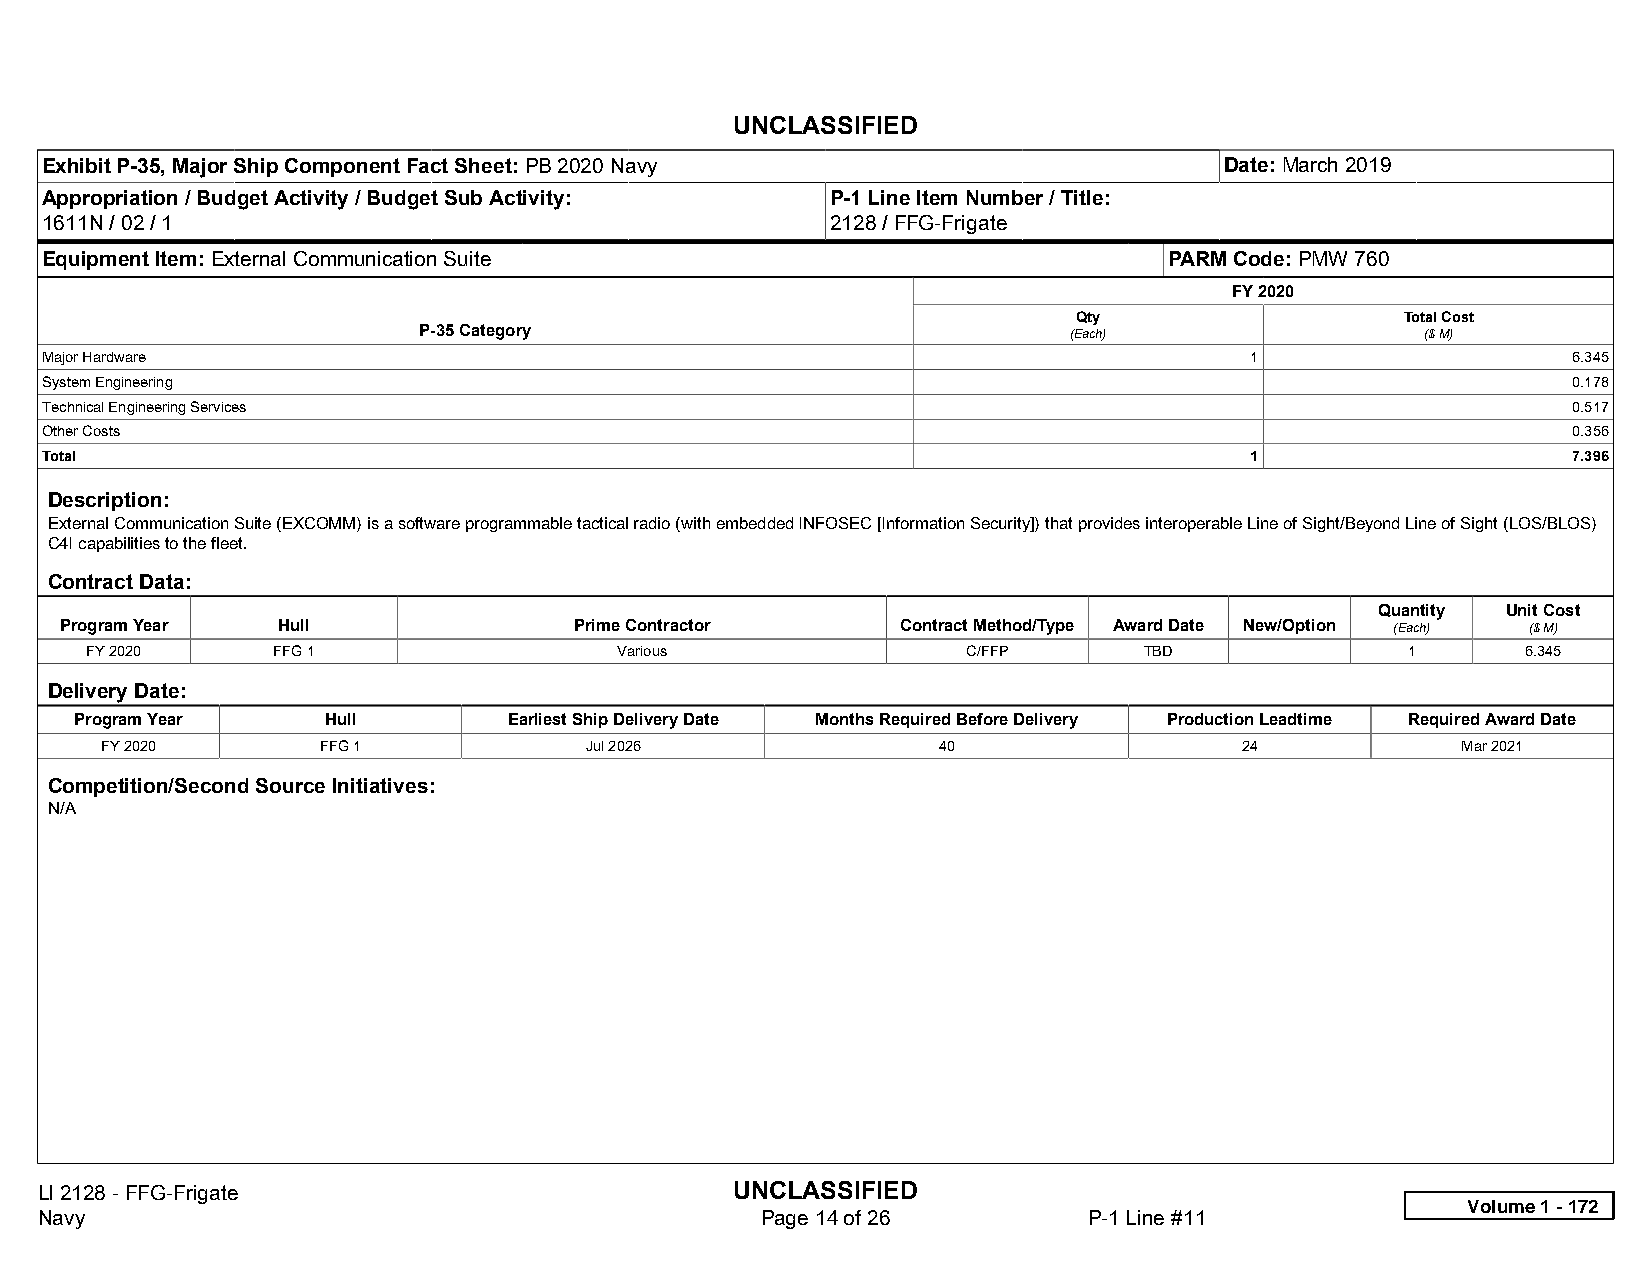
UNCLASSIFIED
 Exhibit P-35, Major Ship Component Fact Sheet: PB 2020 Navy                   Date: March 2019
 Appropriation / Budget Activity / Budget Sub Activity: P-1 Line Item Number / Title:
 1611N / 02 / 1                                      2128 / FFG-Frigate
 Equipment Item: External Communication Suite                              PARM Code: PMW 760
 FY 2020
 Qty                   Total Cost
 P-35 Category                              (Each)                 ($ M)
 Major Hardware                                                                  1                    6.345
 System Engineering                                                                                   0.178
 Technical Engineering Services                                                                       0.517
 Other Costs                                                                                          0.356
 Total                                                                           1                    7.396
 Description:
 External Communication Suite (EXCOMM) is a software programmable tactical radio (with embedded INFOSEC [Information Security]) that provides interoperable Line of Sight/Beyond Line of Sight (LOS/BLOS)
 C4I capabilities to the fleet.
 Contract Data:
 Quantity Unit Cost
 Program Year  Hull                Prime Contractor      Contract Method/Type Award Date New/Option (Each) ($ M)
 FY 2020     FFG 1                  Various                C/FFP       TBD              1       6.345
 Delivery Date:
 Program Year    Hull         Earliest Ship Delivery Date Months Required Before Delivery Production Leadtime Required Award Date
 FY 2020       FFG 1             Jul 2026               40                  24             Mar 2021
 Competition/Second Source Initiatives:
 N/A
 LI 2128 - FFG-Frigate                          UNCLASSIFIED
 Volume 1 - 172
 Navy                                            Page 14 of 26         P-1 Line #11